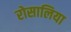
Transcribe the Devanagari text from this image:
रोसालिया